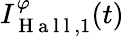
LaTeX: I_{\mathrm{~H~a~l~l~},1}^{\varphi}(t)